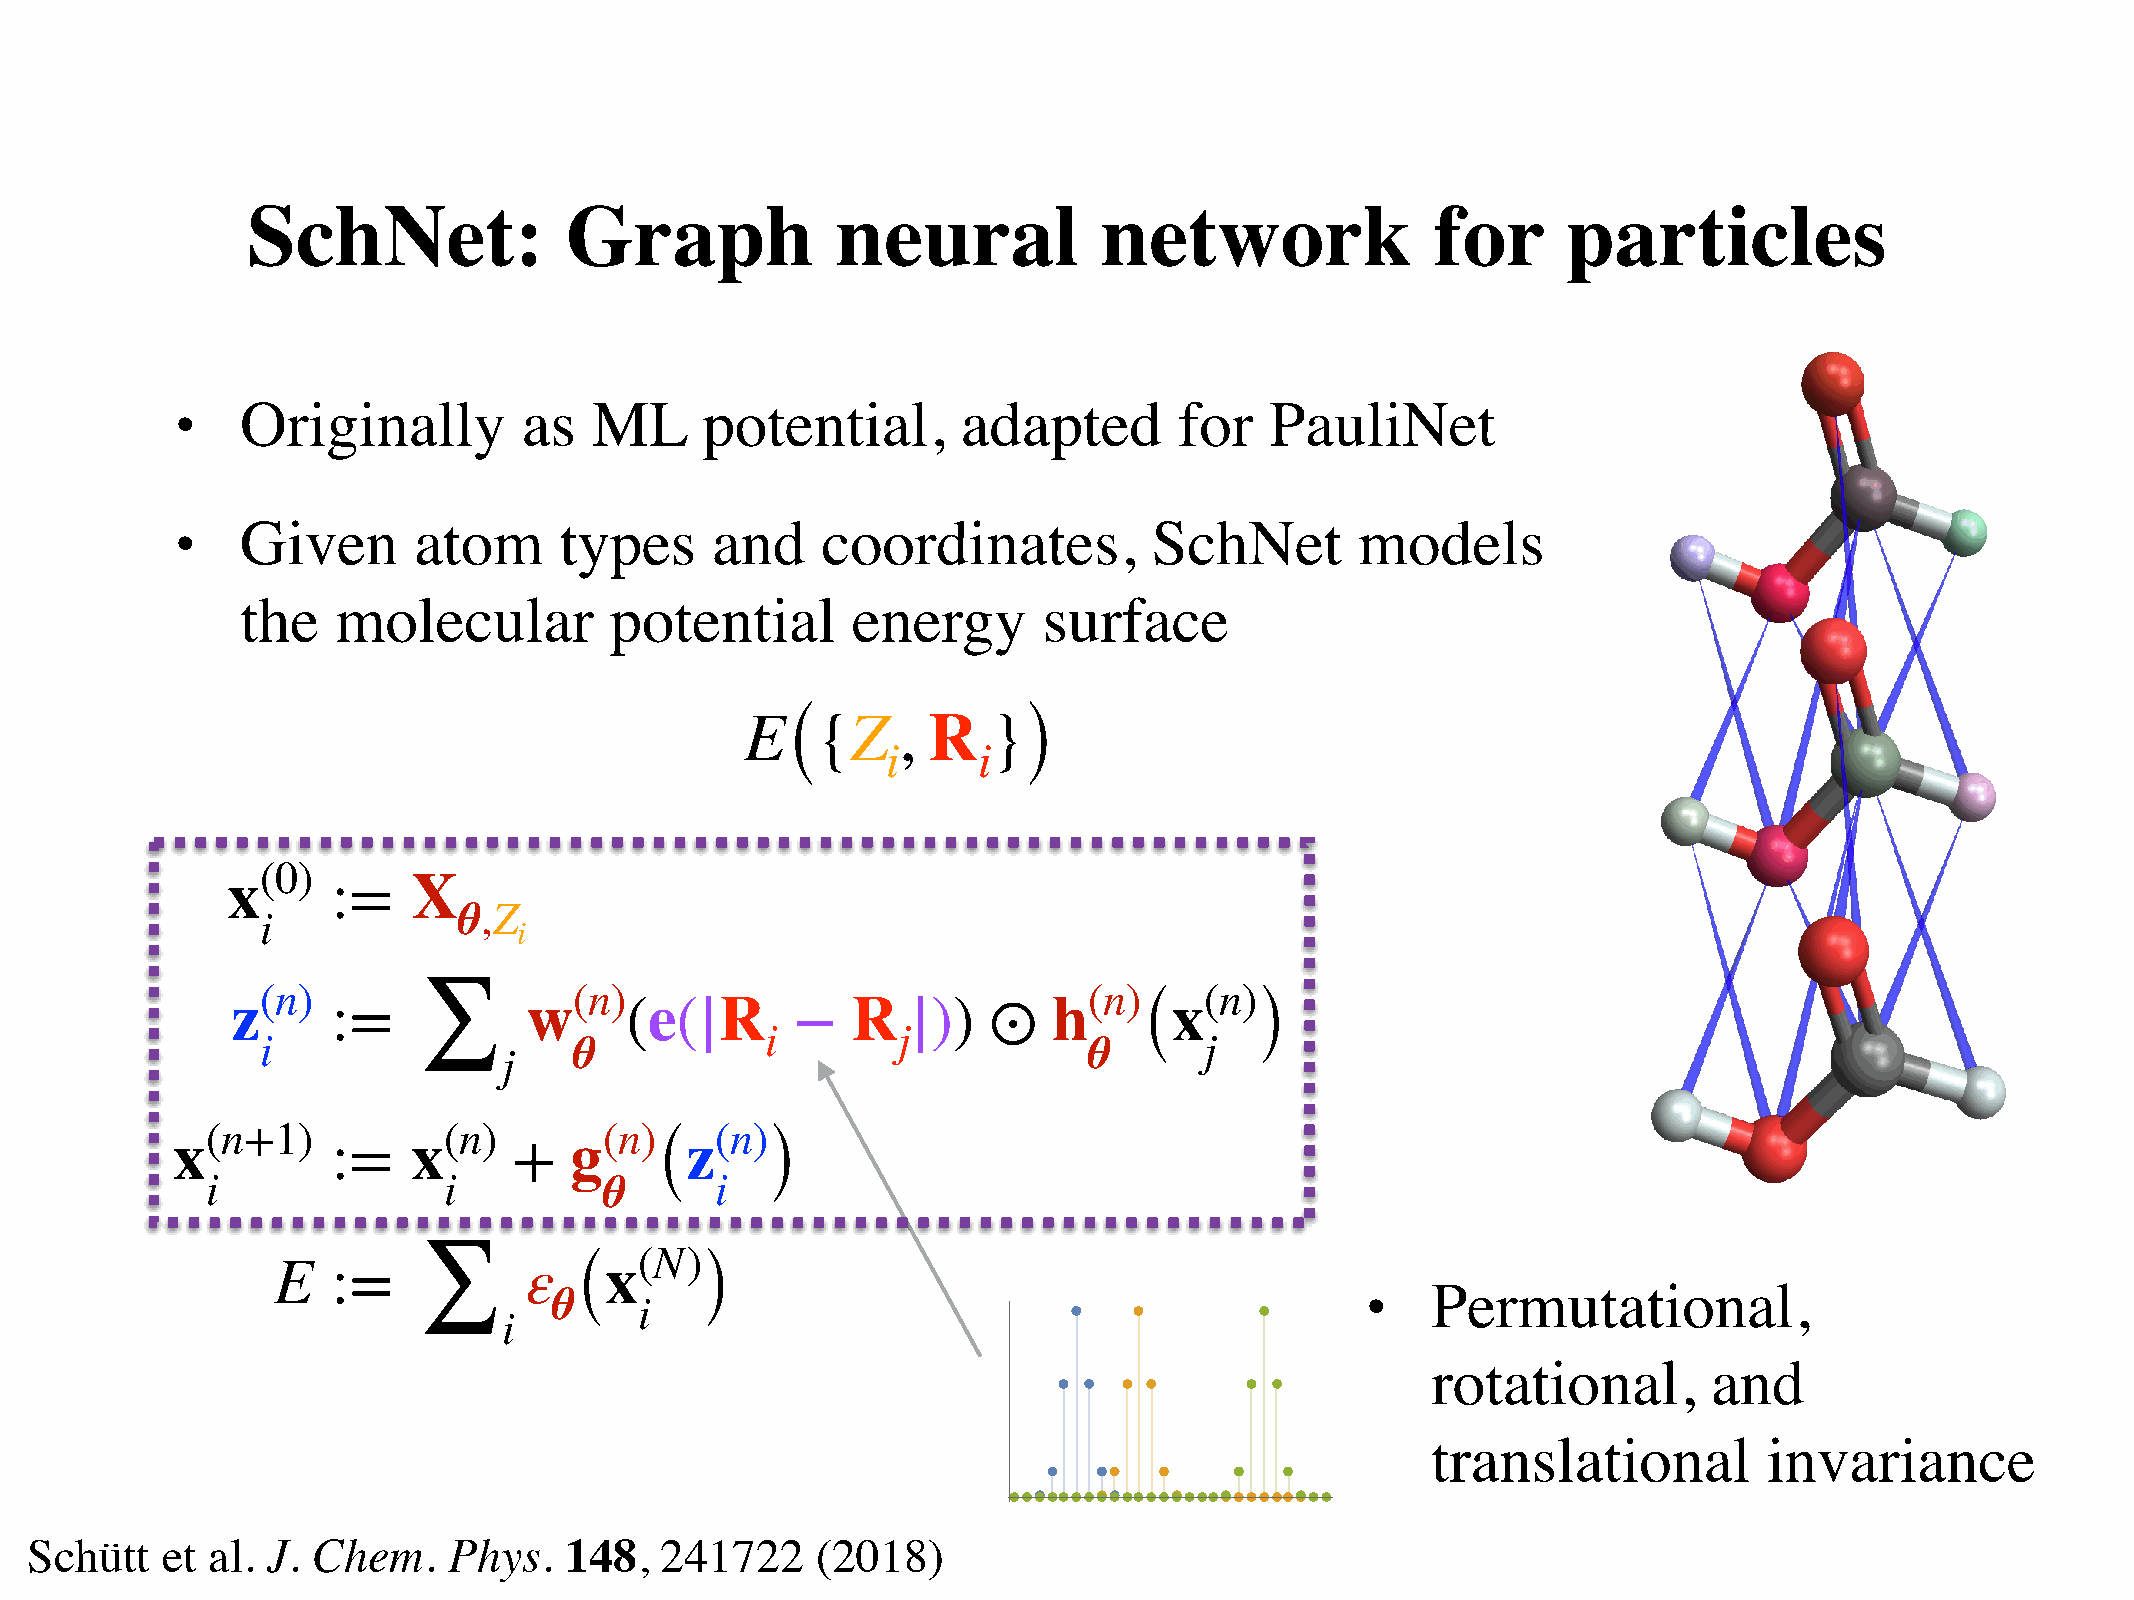
SchNet:              Graph             neural            network               for      particles
 Originally         as  ML      potential,       adapted       for   PauliNet
 •
 Given      atom      types     and    coordinates,          SchNet        models
 •
 the   molecular         potential       energy       surface
 E    {Z    , R   }
 (               )
 i     i
 (0)
 x      :=   X
 θ,Z
 i
 i
 (n)                  (n)                               (n)     (n)
 z      :=           w     (e(|R      −   R   |))  ⊙    h       x
 (      )
 ∑                      i       j
 i                    θ                                 θ       j
 j
 (n+1)          (n)        (n)    (n)
 x          :=   x      +   g      z
 (       )
 i              i          θ      i
 (N)
 E   :=           ε    x
 (       )                                                Permutational,
 •
 ∑        θ
 i
 i
 rotational,       and
 translational         invariance
 Schütt   et al. J. Chem.    Phys.  148,   241722    (2018)